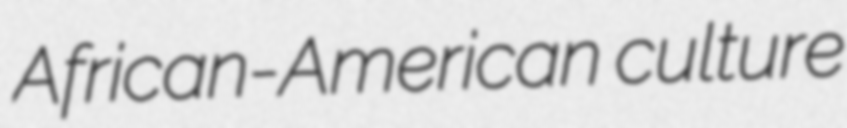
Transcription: African-American culture